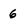
Character: 6